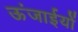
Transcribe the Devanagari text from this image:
ऊंजाईयों